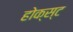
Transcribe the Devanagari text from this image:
होक्स्ट